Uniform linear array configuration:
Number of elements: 16
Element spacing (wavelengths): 1
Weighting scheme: binomial
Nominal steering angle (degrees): -60
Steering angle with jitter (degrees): -60.949
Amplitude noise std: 0.05
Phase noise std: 0.05

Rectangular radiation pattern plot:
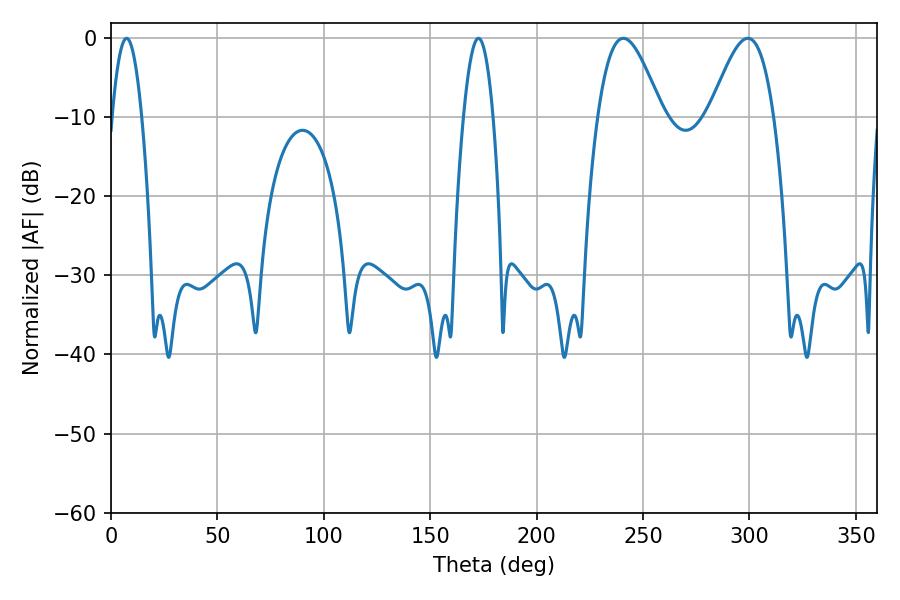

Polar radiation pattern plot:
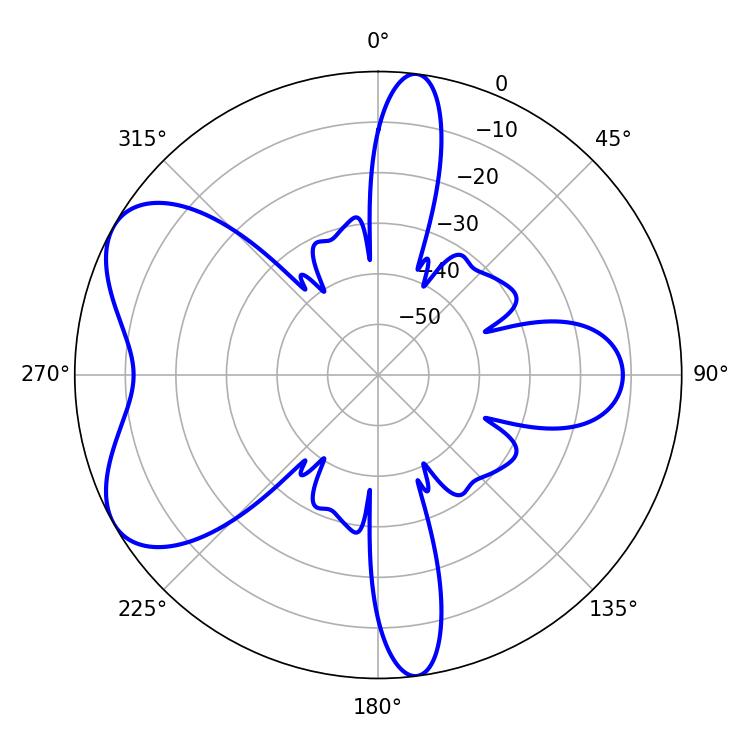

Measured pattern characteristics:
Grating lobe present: TRUE
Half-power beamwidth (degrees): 16.2
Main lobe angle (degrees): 299.34